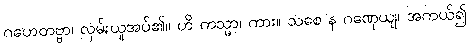
ဂဟေတဗ္ဗာ၊ လှမ်းယူအပ်၏။ ဟိ ကသ္မာ၊ ကား။ သစေ န ဂဏှေယျ၊ အကယ်၍